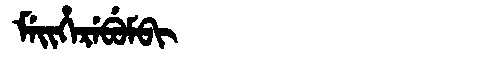
Manchu: ᠮᡝᡳᡥᡝᡵᡝᠪᡠᠮᠪᡳ
Romanization: MEIHEREBUMBI